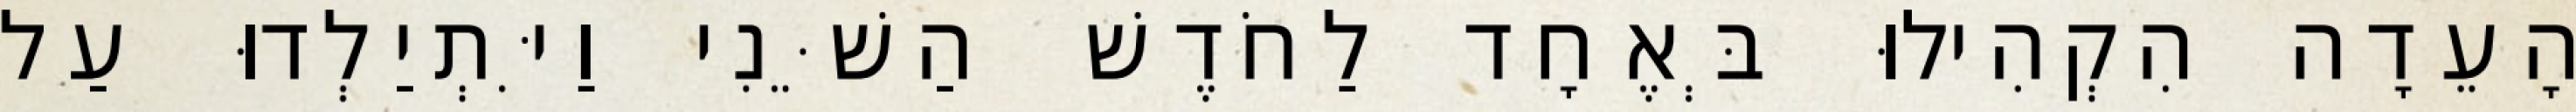
הָעֵדָה הִקְהִילוּ בְּאֶחָד לַחֹדֶשׁ הַשֵּׁנִי וַיִּתְיַלְדוּ עַל